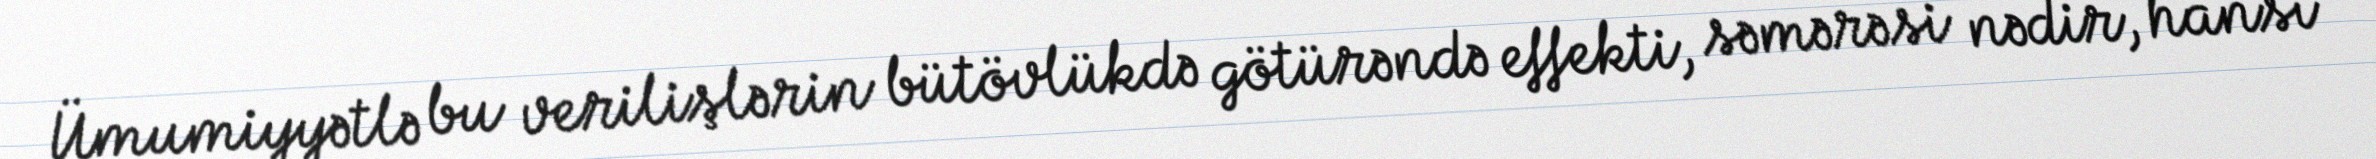
Ümumiyyətlə bu verilişlərin bütövlükdə götürəndə effekti, səmərəsi nədir, hansı